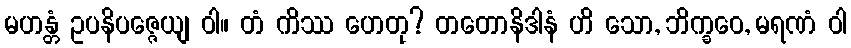
မဟန္တံ ဥပနိပဇ္ဇေယျ ဝါ။ တံ ကိဿ ဟေတု? တတောနိဒါနံ ဟိ သော, ဘိက္ခဝေ, မရဏံ ဝါ